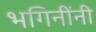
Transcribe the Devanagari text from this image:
भगिनींनी